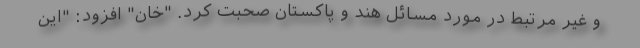
و غیر مرتبط در مورد مسائل هند و پاکستان صحبت کرد. "خان" افزود: "این